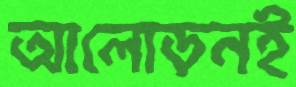
আলোড়নই